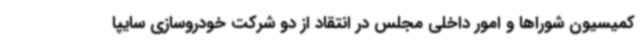
کمیسیون شوراها و امور داخلی مجلس در انتقاد از دو شرکت خودروسازی سایپا